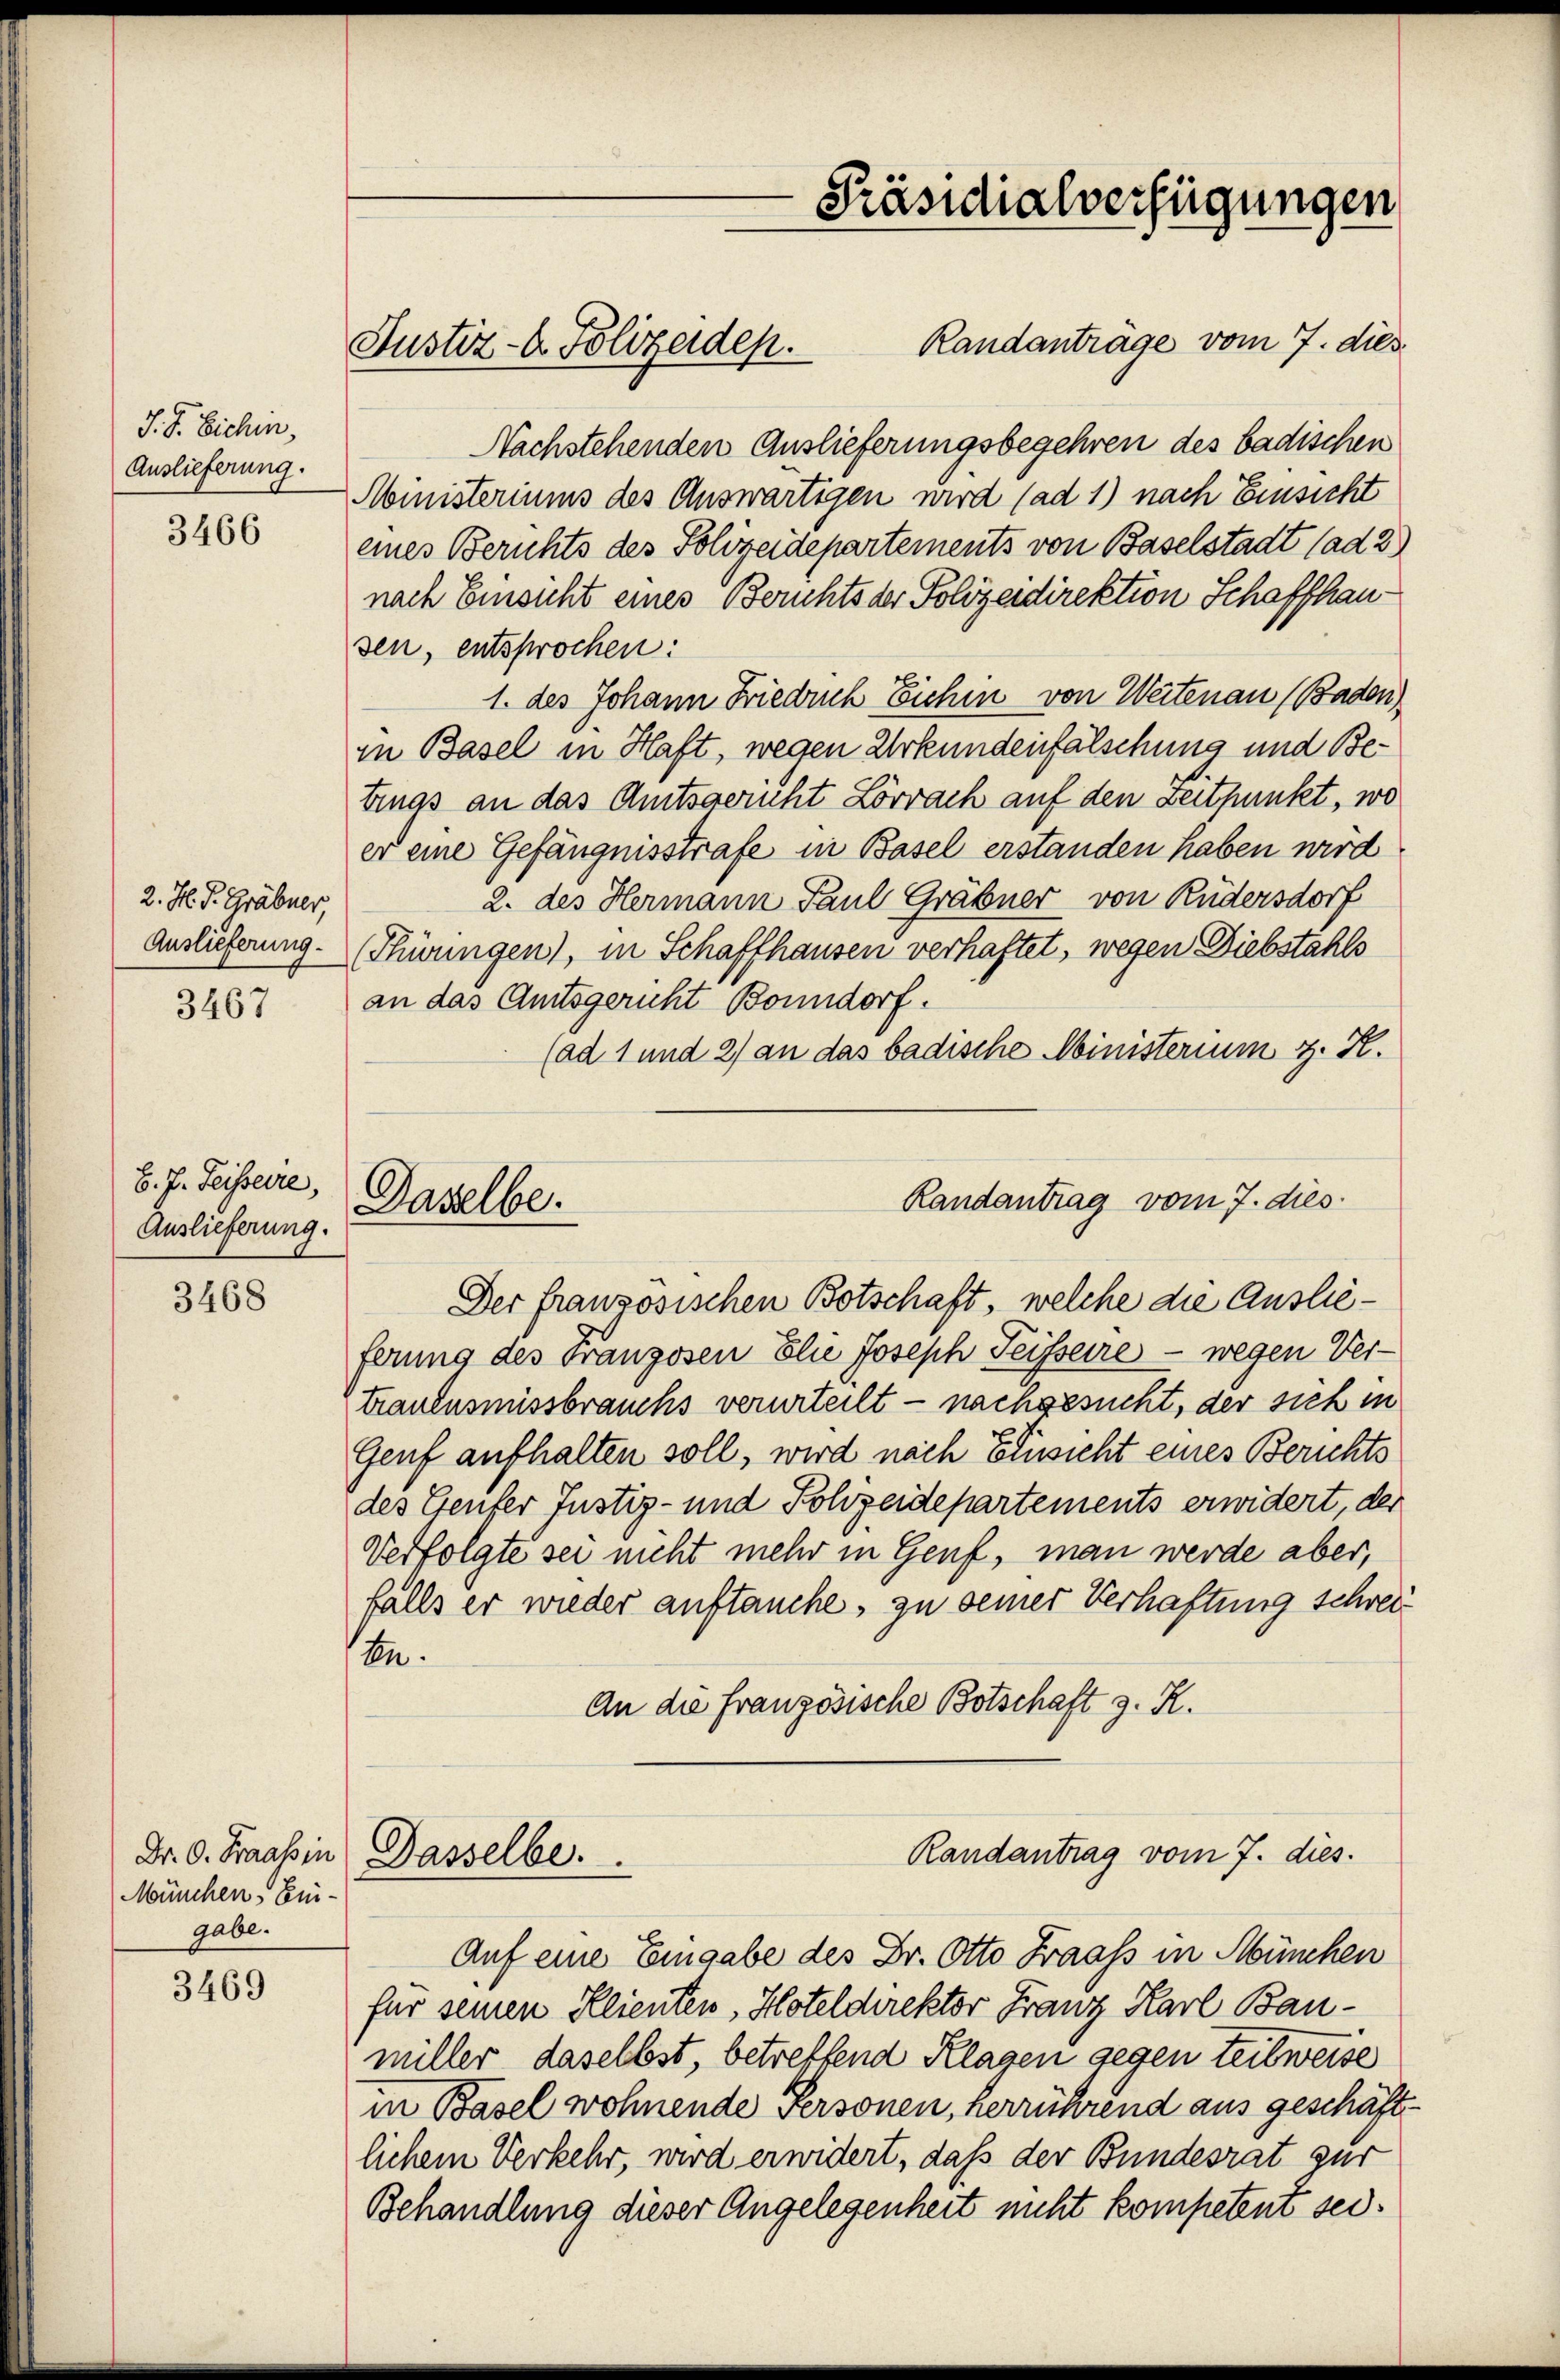
J. J. Sichen,
Auslieferung.

3466

2. H. J. Grabner,
Auslieferung.

3467

B. J. Teisserre,
Auslieferung.

3468

München Eingabe.

3469

Justiz- & Polizeiden.

Randanträge vom 7. dies
Nachstehenden Auslieferungsbegehren des badischen
Ministeriums des Auswärtigen wird (ad 1) nach Einsicht
eines Berichts des Polizeidepartements von Baselstadt (ad 2)
nach Einsicht eines Berichts der Polizeidirektion Schaffhausen, entsprochen:
1. des Johann Frieduch Eichen von Weitenau (Baden)
in Basel in Haft, wegen Urkundenfälschung und Be¬
Einas an das Amtsgericht Lörrach auf den Zeitpunkt, wo
er eine Gefängnisstrafe in Basel erstanden haben wird
2. des Hermann Paul Gräbner von Rudersdorf
(Thürungen), in Schaffhausen verhaftet, wegen Diebstahls
an das Amtsgericht Bonndorf.
(ad 1 und 2) an das badische Ministerium z. K.

Randantrag vom 7. dies
Daselbe.

Der französischen Botschaft, welche die Auslieferung des Franzosen Elie Joseph Peisserre - wegen Ver-
trauensmissbrauchs verurteilt - nachgesucht, der sich in
Genf aufhalten soll, wird nach Einsicht eines Berichts
des Genfer Justiz- und Polizeidepartements erwidert, der
Verfolgte sei nicht mehr in Genf, man werde aber,
falls er wieder auftauche, zu seiner Verhaftung schreibn.
An die französische Botschaft z. K.
Randantrag vom 7. dies.
Dr. C. Fraabin Dasselbe.
Auf eine Eingabe des Dr. Otto Fraass in München
für seinen Klienten, Hoteldirektor Franz Karl Baumiller, daselbst, betreffend Klagen gegen teilweise
in Basel wohnende Personen, herrührend aus geschäft
lichem Verkehr, wird erwidert, daß der Bundesrat zur
Behandlung dieser Angelegenheit nicht kompetent sei¬

-Präsidialverfügungen